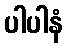
ပါပါနံ